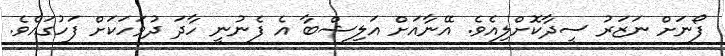
ފޯނަށް ނަޒަރު ސީދާކޮށްލިއެވެ. އޭނާއަށް އަލިޝްބާ އެ ފެނުނީ ހާދަ ދުވަހަކަށް ފަހުގައެވެ.